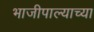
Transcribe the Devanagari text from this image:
भाजीपाल्याच्या